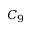
C _ { 9 }